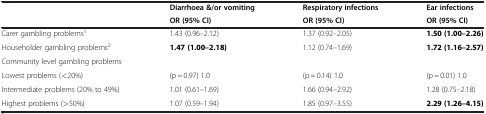
<table><thead><tr><td><b> </b></td><td><b>Diarrhoea &amp;/or vomiting</b></td><td><b>Respiratory infections</b></td><td><b>Ear infections</b></td></tr><tr><td><b> </b></td><td><b>OR (95% CI)</b></td><td><b>OR (95% CI)</b></td><td><b>OR (95% CI)</b></td></tr></thead><tbody><tr><td>Carer gambling problems<sup>1</sup></td><td>1.43 (0.96–2.12)</td><td>1.37 (0.92–2.05)</td><td><b>1.50 (1.00–2.26)</b></td></tr><tr><td>Householder gambling problems<sup>2</sup></td><td><b>1.47 (1.00–2.18)</b></td><td>1.12 (0.74–1.69)</td><td><b>1.72 (1.16–2.57)</b></td></tr><tr><td>Community level gambling problems</td><td> </td><td> </td><td> </td></tr><tr><td>Lowest problems (&lt;20%)</td><td>(p = 0.97) 1.0</td><td>(p = 0.14) 1.0</td><td>(p = 0.01) 1.0</td></tr><tr><td>Intermediate problems (20% to 49%)</td><td>1.01 (0.61–1.69)</td><td>1.66 (0.94–2.92)</td><td>1.28 (0.75–2.18)</td></tr><tr><td>Highest problems (&gt;50%)</td><td>1.07 (0.59–1.94)</td><td>1.85 (0.97–3.55)</td><td><b>2.29 (1.26–4.15)</b></td></tr></tbody></table>